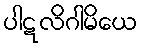
ပါဋလိဂါမိယေ